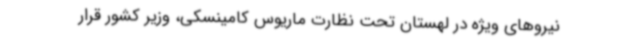
نیروهای ویژه در لهستان تحت نظارت ماریوس کامینسکی، وزیر کشور قرار